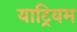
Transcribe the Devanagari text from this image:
याट्रियम